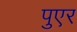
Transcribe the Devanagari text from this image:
पुएर